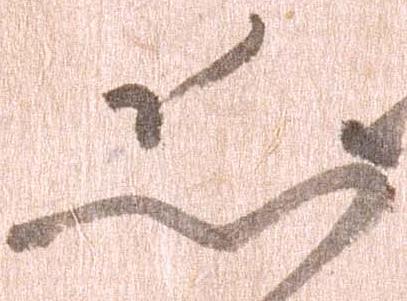
恐